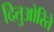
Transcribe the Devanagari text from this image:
दितुओरिते